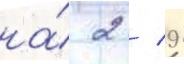
на́ 2 / 9